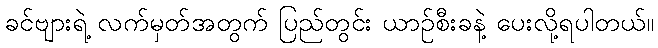
ခင်ဗျားရဲ့ လက်မှတ်အတွက် ပြည်တွင်း ယာဉ်စီးခနဲ့ ပေးလို့ရပါတယ်။